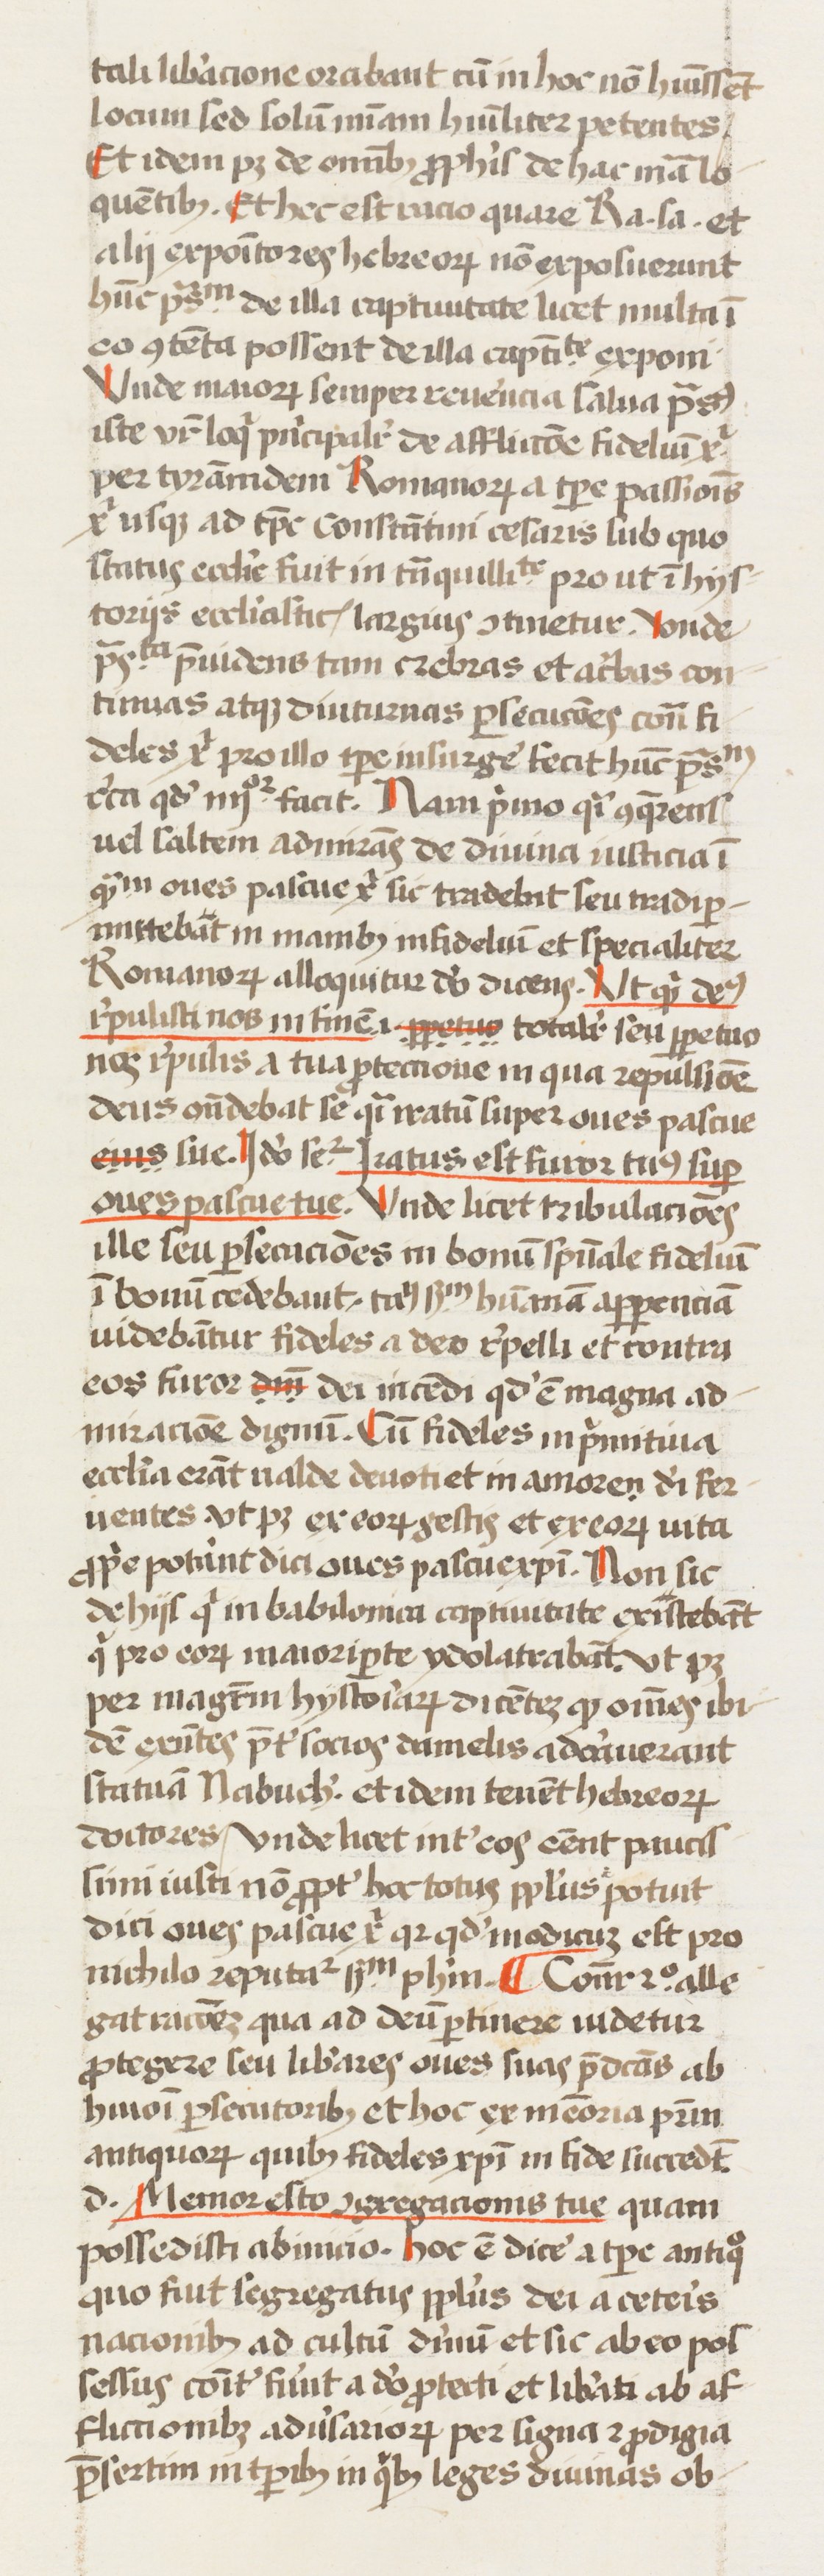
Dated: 1433–1465